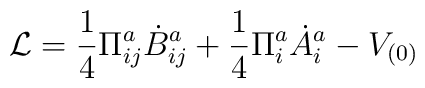
{\cal L} = \frac{1}{4} \Pi_{ij}^a \dot{B}_{ij}^a             + \frac{1}{4} \Pi_i^a \dot{A}_i^a - V_{(0)}